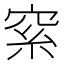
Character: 𥥮